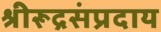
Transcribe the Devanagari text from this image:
श्रीरूद्रसंप्रदाय